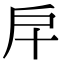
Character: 𢨦